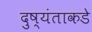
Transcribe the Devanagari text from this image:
दुष्यंताकडे